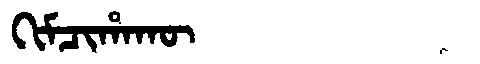
Manchu: ᡴᡳᠮᠴᡳᡥᠠᡴᡡ
Romanization: KIMCIHAKŪ